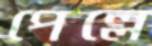
পেল্লে